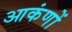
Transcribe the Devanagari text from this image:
आकंणों